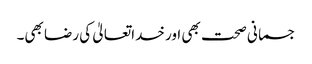
جسمانی صحت بھی اور خداتعالیٰ کی رضا بھی۔